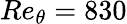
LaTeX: Re_{\theta}=830